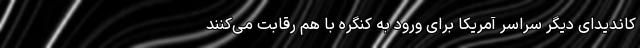
کاندیدای دیگر سراسر آمریکا برای ورود به کنگره با هم رقابت می‌کنند